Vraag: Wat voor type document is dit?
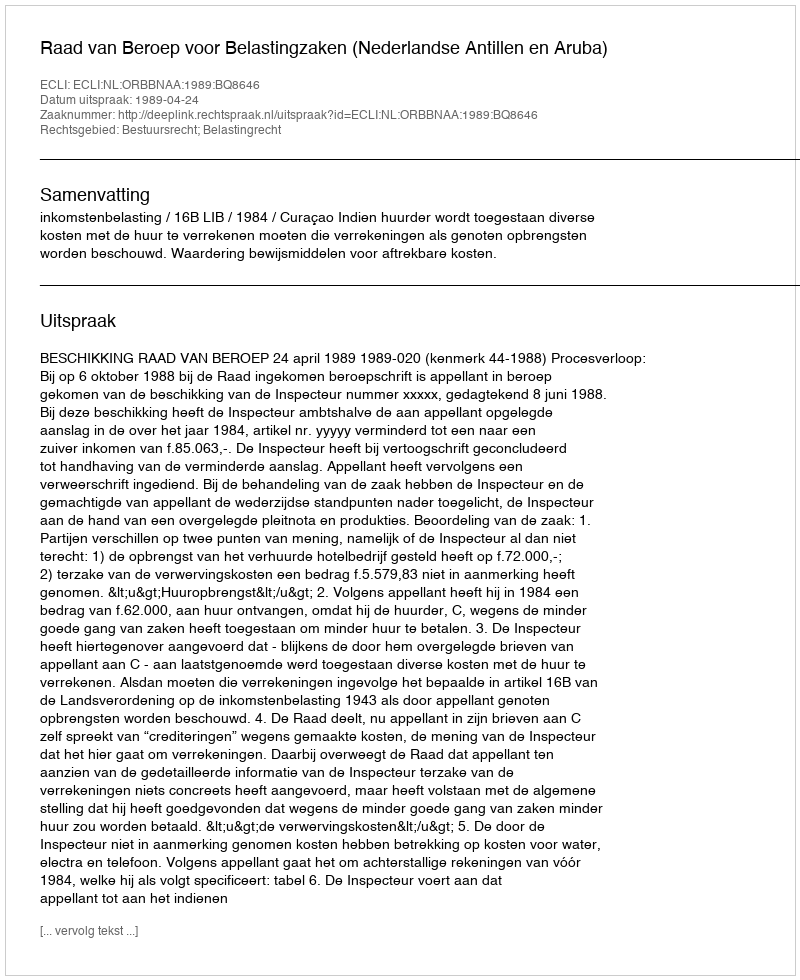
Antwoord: Uitspraak